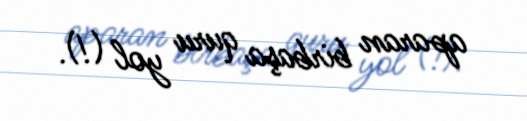
aparan birbaşa quru yol (!).